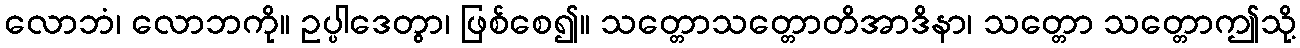
လောဘံ၊ လောဘကို။ ဥပ္ပါဒေတွာ၊ ဖြစ်စေ၍။ သတ္တောသတ္တောတိအာဒိနာ၊ သတ္တော သတ္တောဤသို့